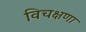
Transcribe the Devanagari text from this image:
विचक्षणा